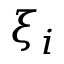
\xi _ { i }